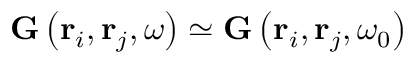
\mathbf { G } \left( \mathbf { r } _ { i } , \mathbf { r } _ { j } , \omega \right) \simeq \mathbf { G } \left( \mathbf { r } _ { i } , \mathbf { r } _ { j } , \omega _ { 0 } \right)